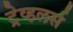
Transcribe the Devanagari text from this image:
ट्रेव्हलर्स